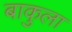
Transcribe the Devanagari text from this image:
बाकुला